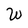
Character: W